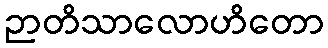
ဉာတိသာလောဟိတော